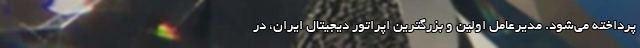
پرداخته می‌شود. مدیرعامل اولین و بزرگترین اپراتور دیجیتال ایران، در